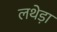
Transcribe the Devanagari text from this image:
लथेड़ा